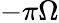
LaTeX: -\pi\Omega